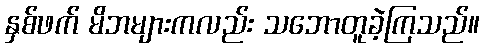
နှစ်ဖက် မိဘများကလည်း သဘောတူခဲ့ကြသည်။